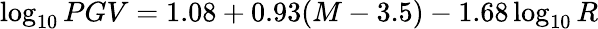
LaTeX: \log_{10}PGV=1.08+0.93(M-3.5)-1.68\log_{10}R